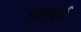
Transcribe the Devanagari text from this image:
धन्नापूर्ण